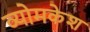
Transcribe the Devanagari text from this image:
व्‍योमकेश